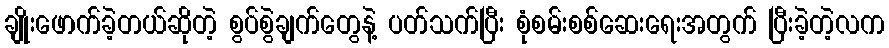
ချိုးဖောက်ခဲ့တယ်ဆိုတဲ့ စွပ်စွဲချက်တွေနဲ့ ပတ်သက်ပြီး စုံစမ်းစစ်ဆေးရေးအတွက် ပြီးခဲ့တဲ့လက